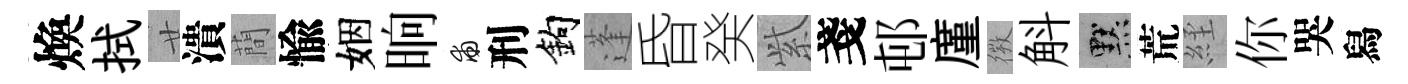
煥拭廿潰蕳愉姻晌甫刑鈎蓬昏癸𬗋戔邨廑𢕄斛默荒𦀇你哭舄